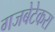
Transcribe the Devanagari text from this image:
गजबेटेकरा